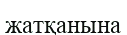
жатқанына